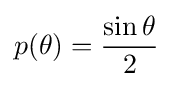
p(\theta )={\frac {\sin \theta }{2}}